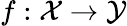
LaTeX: f:\mathcal{X}\to\mathcal{Y}